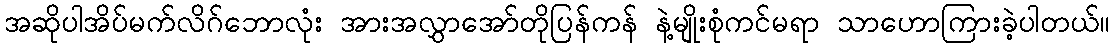
အဆိုပါအိပ်မက်လိဂ်ဘောလုံး အားအလွှာအော်တိုပြန်ကန် နဲ့မျိုးစုံကင်မရာ သာဟောကြားခဲ့ပါတယ်။